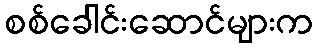
စစ်ခေါင်းဆောင်များက